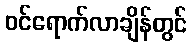
ဝင်ရောက်လာချိန်တွင်